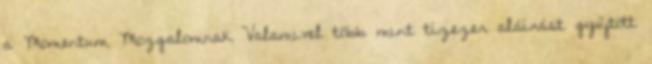
a Momentum Mozgalomnak Valamivel több mint tízezer aláírást gyűjtött